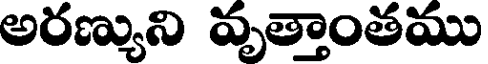
అరణ్యుని వృత్తాంతము